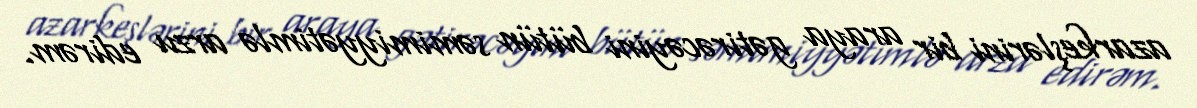
azarkeşlərini bir araya gətirəcəyini bütün səmimiyyətimlə arzu edirəm.